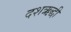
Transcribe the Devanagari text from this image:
दशऋद्धी